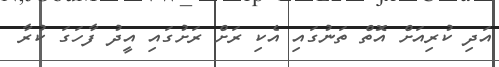
އަދި ކުރިއަށް އޮތް ތަނުގައި އެކި ރަށް ރަށުގައި އީދު ފާހަގަ ކުރާ